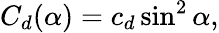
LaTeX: C_{d}(\alpha)=c_{d}\sin^{2}\alpha,